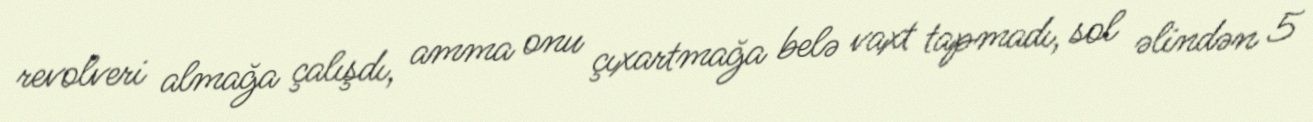
revolveri almağa çalışdı, amma onu çıxartmağa belə vaxt tapmadı, sol əlindən 5